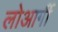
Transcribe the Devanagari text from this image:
लोआर्गी